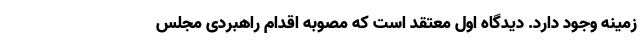
زمینه وجود دارد. دیدگاه اول معتقد است که مصوبه اقدام راهبردی مجلس